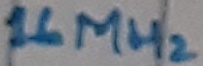
Text: 16MHz